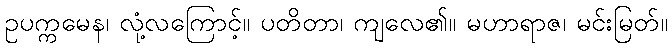
ဥပက္ကမေန၊ လုံ့လကြောင့်။ ပတိတာ၊ ကျလေ၏။ မဟာရာဇ၊ မင်းမြတ်။